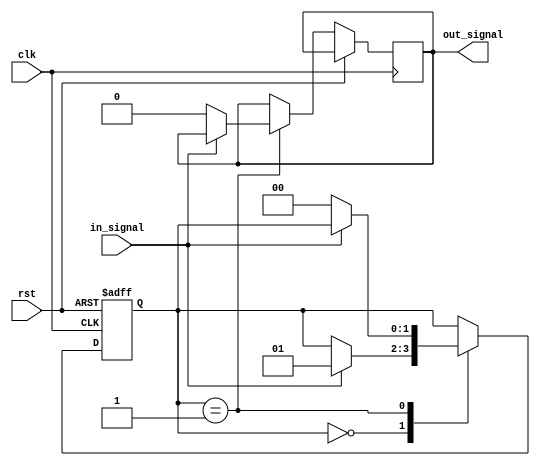
module debounce_circuit (
    input wire clk, // Clock signal
    input wire rst, // Reset signal
    input wire in_signal, // Input signal
    output reg out_signal // Output signal
);

// Define states for the state machine
parameter IDLE = 2'b00;
parameter DEBOUNCE = 2'b01;

// Define signals
reg [1:0] state;

// State machine
always @(posedge clk or posedge rst) begin
    if (rst) begin
        state <= IDLE;
    end else begin
        case (state)
            IDLE: begin
                if (in_signal) begin
                    state <= DEBOUNCE;
                end
            end
            DEBOUNCE: begin
                if (!in_signal) begin
                    state <= IDLE;
                    out_signal <= in_signal;
                end
            end
        endcase
    end
end

endmodule